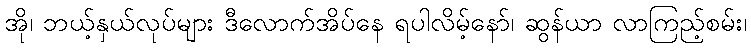
အို၊ ဘယ့်နှယ်လုပ်များ ဒီလောက်အိပ်နေ ရပါလိမ့်နော်၊ ဆွန်ယာ လာကြည့်စမ်း၊